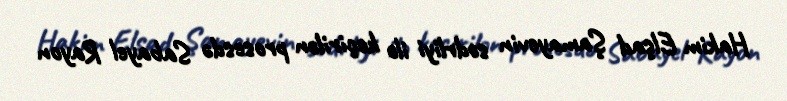
Hakim Elşad Şamayevin sədrliyi ilə keçirilən prosesdə Sabayel Rayon